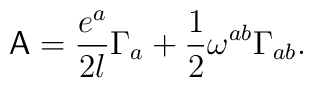
{\sf A}=\frac{e^a}{2l} \Gamma_a+\frac{1}{2}\omega^{ab}\Gamma_{ab}.